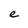
Character: e